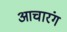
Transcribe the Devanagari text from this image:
आचारंग